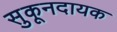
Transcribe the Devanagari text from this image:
सुकूनदायक